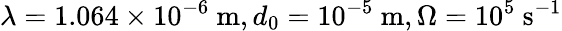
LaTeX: \lambda=1.064\times 10^{-6}~\mathrm{m},d_{0}=10^{-5}~\mathrm{m},\Omega=10^{5}~\mathrm{s^{-1}}